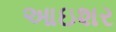
આઇશર